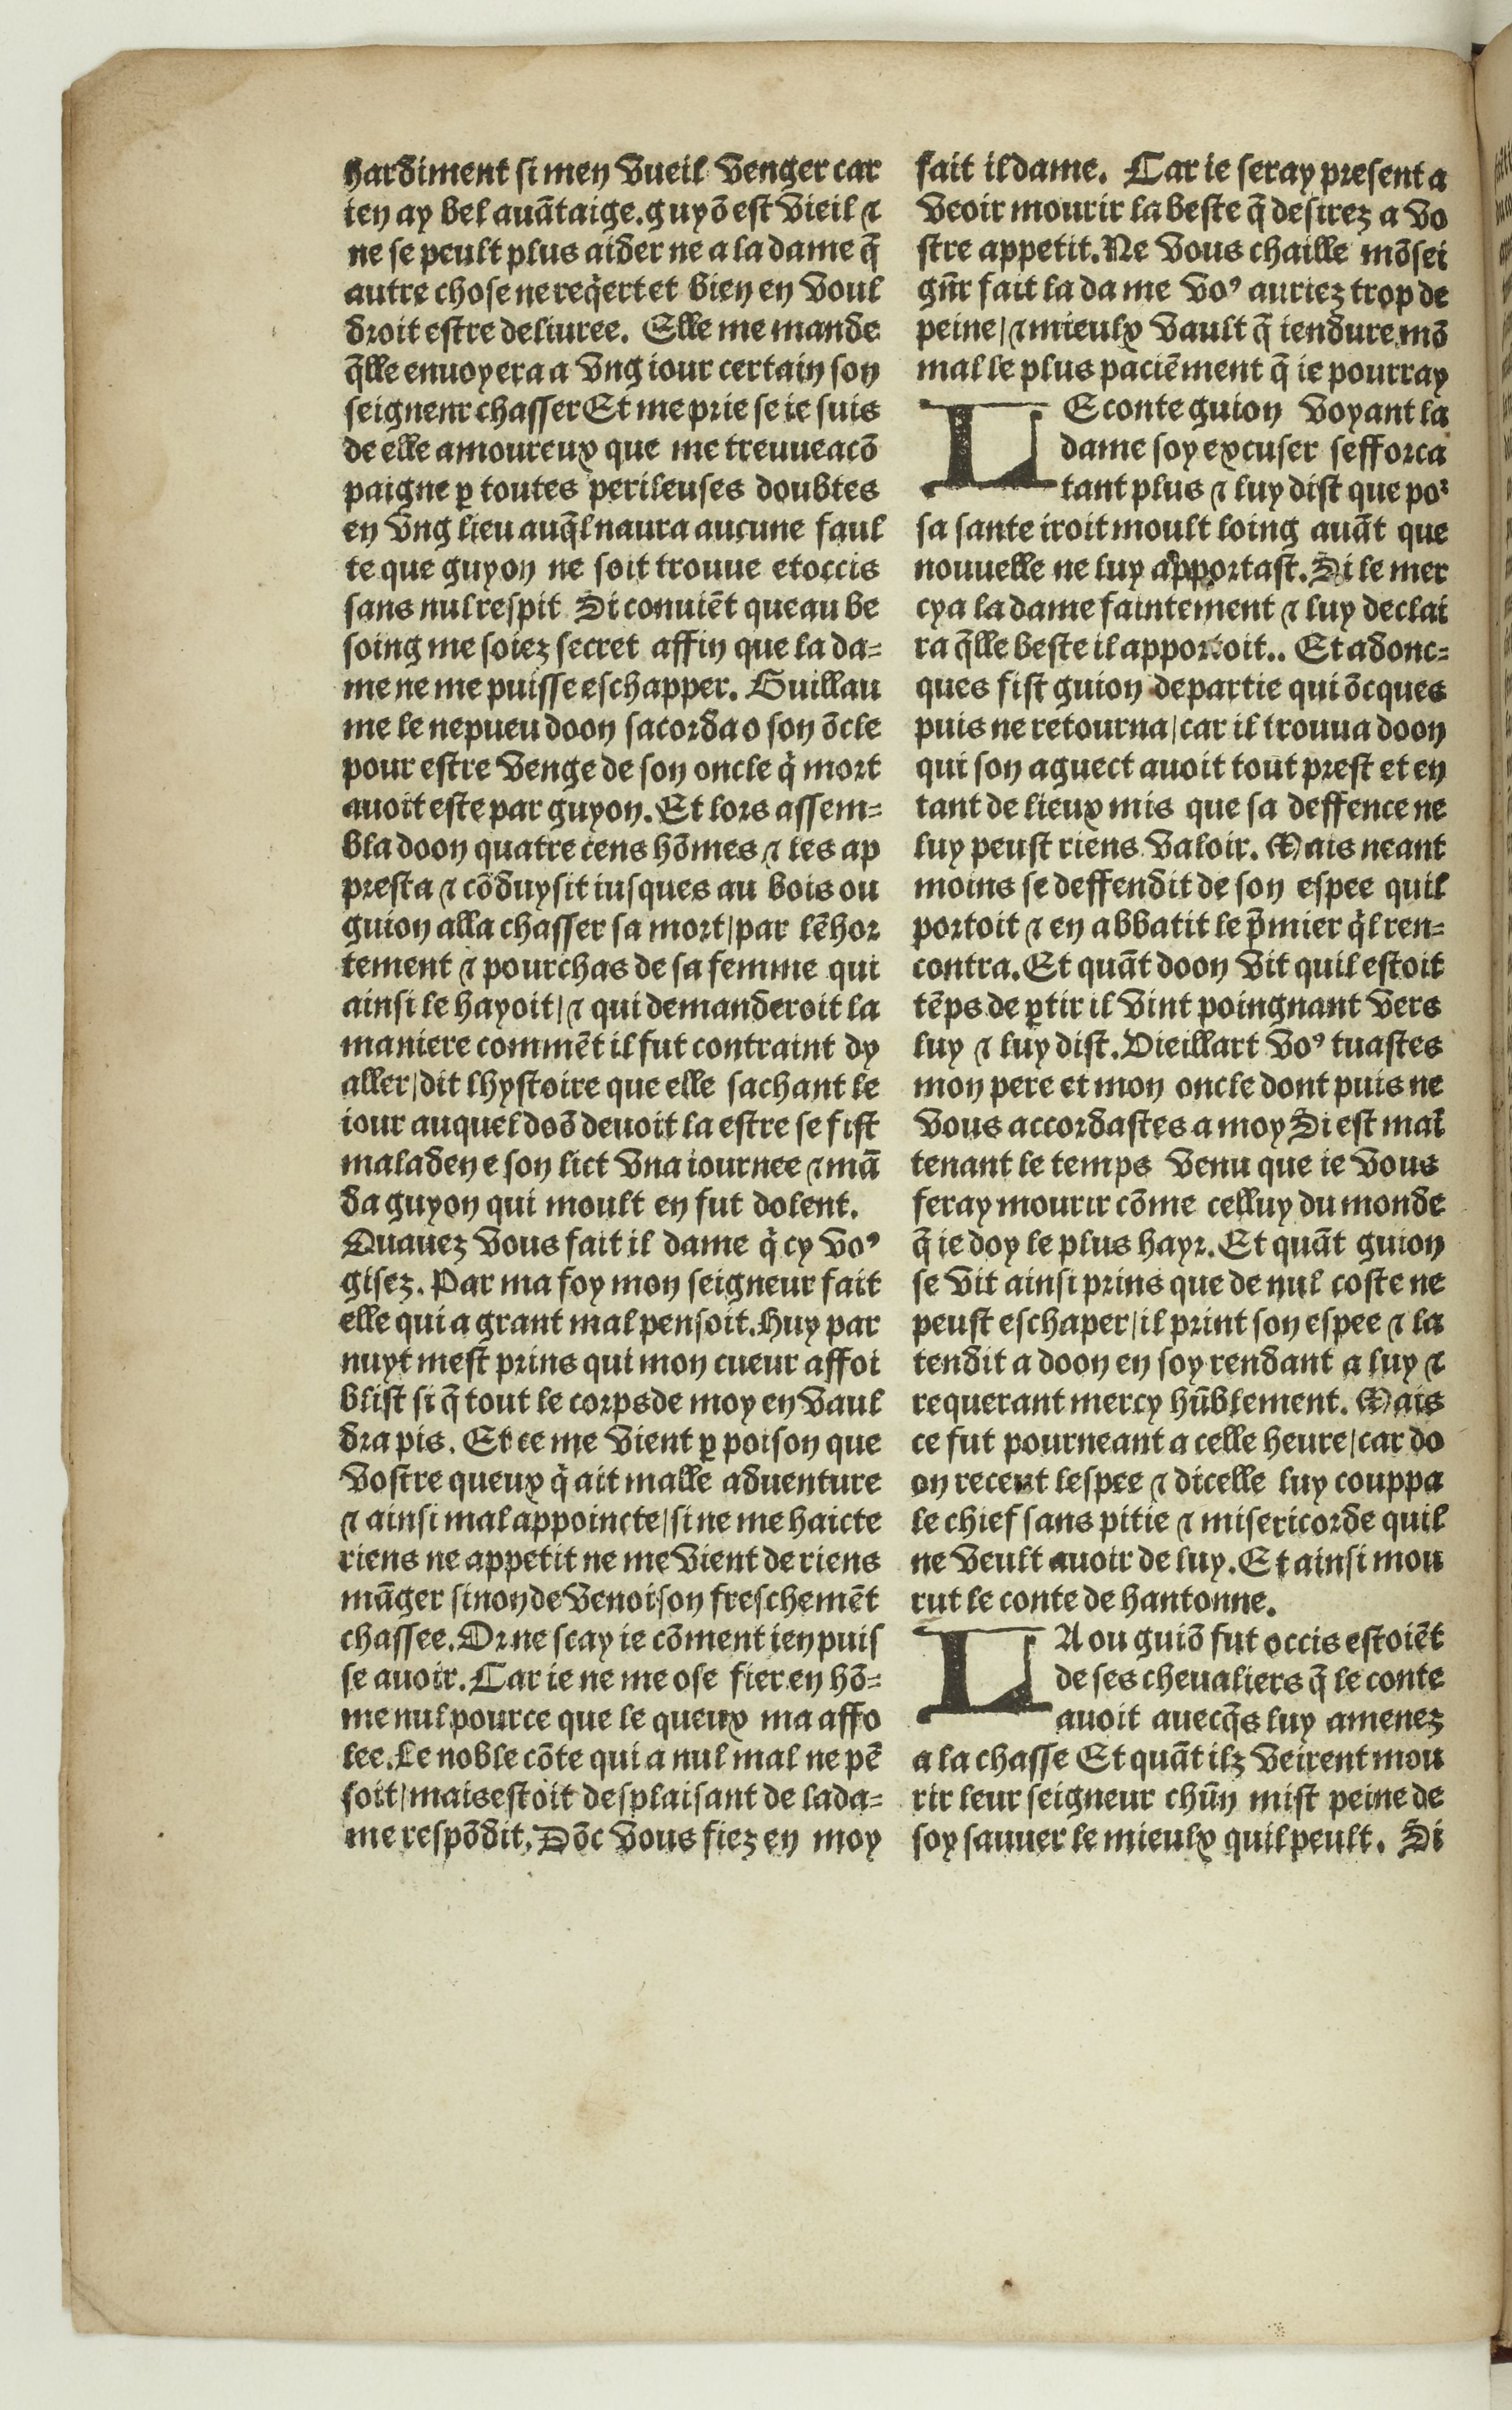
Shelfmark: Paris, BnF, Rés. Y2-674
Century: 16